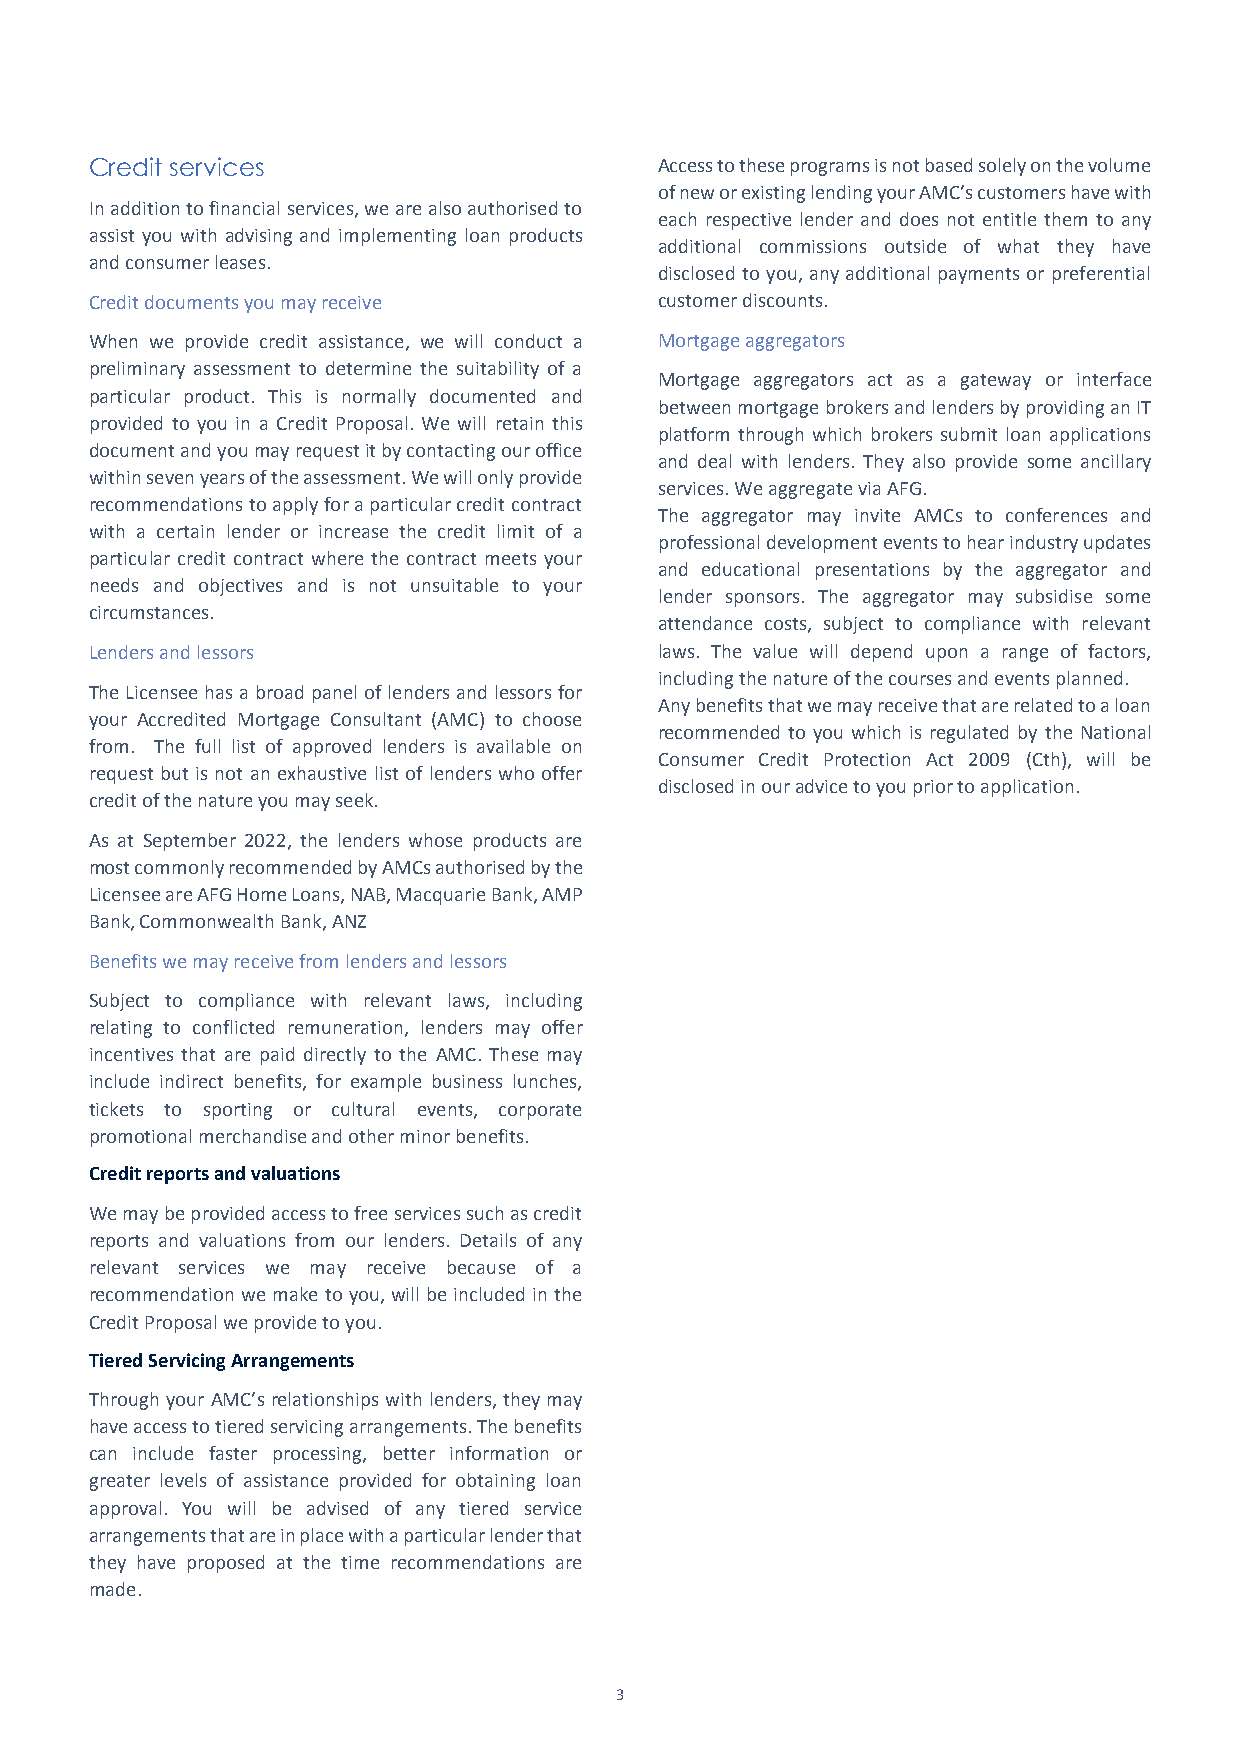
Credit services                       Access to these programs is not based solely on the volume
 of new or existing lending your AMC’s customers have with
 In addition to financial services, we are also authorised to
 each respective lender and does not entitle them to any
 assist you with advising and implementing loan products
 additional commissions outside of what they have
 and consumer leases.
 disclosed to you, any additional payments or preferential
 Credit documents you may receive      customer discounts.
 When we provide credit assistance, we will conduct a Mortgage aggregators
 preliminary assessment to determine the suitability of a
 Mortgage aggregators act as a gateway or interface
 particular product. This is normally documented and
 between mortgage brokers and lenders by providing an IT
 provided to you in a Credit Proposal. We will retain this
 platform through which brokers submit loan applications
 document and youmay requestitby contacting our office
 and deal with lenders. They also provide some ancillary
 within seven years of the assessment.We will only provide
 services. We aggregate viaAFG.
 recommendations to apply for a particular credit contract
 The aggregator may invite AMCs to conferences and
 with a certain lender or increase the credit limit of a
 professional development events to hear industry updates
 particular credit contract where the contract meets your
 and educational presentations by the aggregator and
 needs and objectives and is not unsuitable to your
 lender sponsors. The aggregator may subsidise some
 circumstances.
 attendance costs, subject to compliance with relevant
 Lenders and lessors                   laws. The value will depend upon a range of factors,
 including the nature of the courses and events planned.
 The Licensee has a broad panel of lenders and lessors for
 Any benefits that we may receive that are related to a loan
 your Accredited Mortgage Consultant (AMC) to choose
 recommended to you which is regulated by the National
 from. The full list of approved lenders is available on
 Consumer Credit Protection Act 2009 (Cth), will be
 request but is not an exhaustive list of lenders who offer
 disclosed in ouradvice to you prior to application.
 credit of the nature you may seek.
 As at September 2022, the lenders whose products are
 most commonly recommendedby AMCsauthorised by the
 Licensee are AFG Home Loans, NAB, Macquarie Bank, AMP
 Bank, Commonwealth Bank, ANZ
 Benefits we may receive from lenders and lessors
 Subject to compliance with relevant laws, including
 relating to conflicted remuneration, lenders may offer
 incentives that are paid directly to the AMC. These may
 include indirect benefits, for example business lunches,
 tickets to sporting or cultural events, corporate
 promotional merchandise and other minor benefits.
 Credit reports and valuations
 We may be provided access to free services such as credit
 reports and valuations from our lenders. Details of any
 relevant services we may receive because of a
 recommendation we make to you, will be included in the
 Credit Proposal we provide to you.
 Tiered ServicingArrangements
 Through yourAMC’srelationships with lenders, they may
 have access to tiered servicing arrangements. The benefits
 can include faster processing, better information or
 greater levels of assistance provided for obtaining loan
 approval. You will be advised of any tiered service
 arrangements that are in place with a particular lender that
 they have proposed at the time recommendations are
 made.
 3